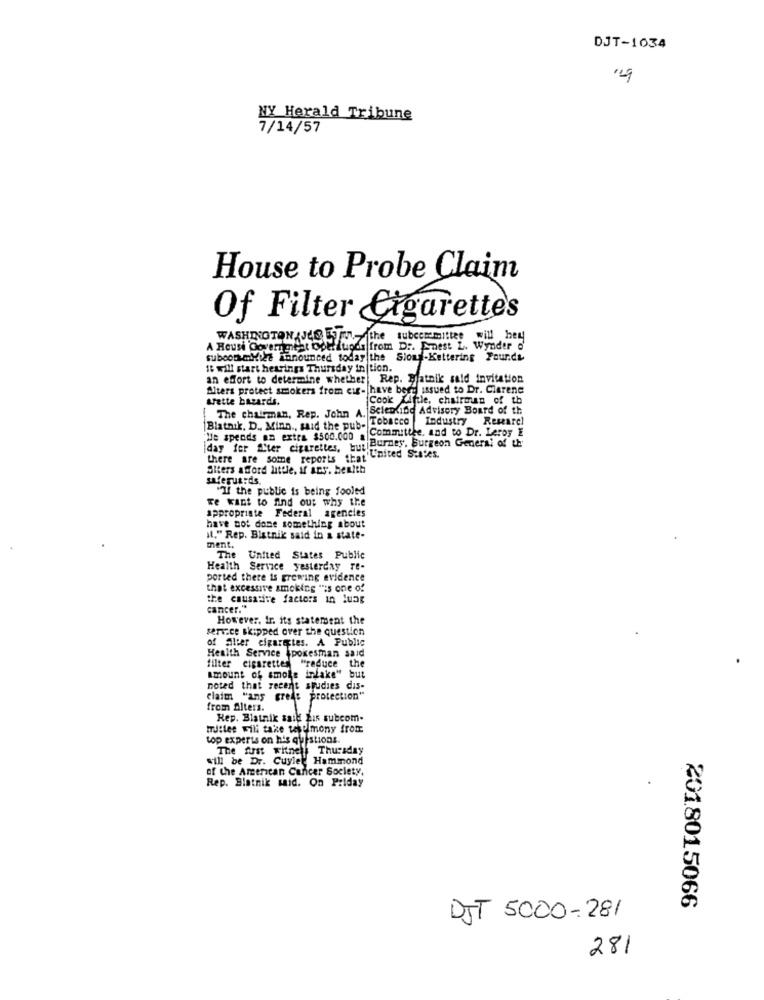
DJT-1034
NY Herald Tribune
7/14/57
House to Probe Claim
Of Filter Cigarettes
WASHINGTON, JEOFI- the subcommittee will be
A Reusi Government Operitions from D :. Enest L. Wynder o
subconmiel announced today the Sious-Kettering Pour.di
It will start hearings Thursday in|tion.
an effort to determine whether Rep. Blatnik said invitation
Alters protect smokers from cir- have been issued to Dr. Clarene
tette bazards.
Cook Liftle, chairman of th
The chairman, Rep. John A. Scientinc Advisory Board of th
Blatnik. D ., Minn ., said the pub- Tobacco | Industry Research
He spends an extra $500.000 . Committee, and to Dr. Leroy E
Burney, Surgeon General of th'
day for filter cigarettes, buthe
there are some reports that"
Ent United States.
Alters afford utele, if ans. benith
safeguards.
"If the public is being fooled
we want to find out why the
appropriate Federal agencies
have not done something about
il." Rep. Bistnik said in a state-
ment.
The
United States Public
Health Service yesterday re-
ported there is growing evidence
that excessive smoking "is one of
the causative factors in luag
cancer."
However, Ir. its statement the
service skipped over the question
of alter cigaretes. A Public
Health Service spokesman said
filter cigarettes "reduce the
amount of smoke intake" but
noted that recent studies dis-
claim "ans freds protection"
from Alters.
Rep. Blatnik sail fis subcom-
Id:lee will take tekulmony from
top experts on his questions.
The first
wine Thursday
will be Dr. Cuyler
Hammond
of the American Cancer Society,
Rep. Blatnik said. On Priday
2018015066
DJT
5000-28/
281